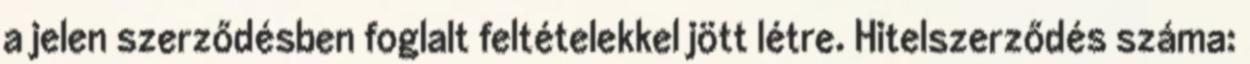
a jelen szerződésben foglalt feltételekkel jött létre. Hitelszerződés száma: